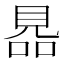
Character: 𧠮